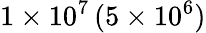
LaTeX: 1\times 10^{7}\, (5\times 10^{6})